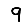
Digit: 9